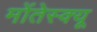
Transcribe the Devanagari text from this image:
मोंतेस्क्यू